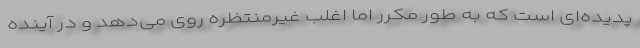
پدیده‌ای است که به طور مکرر اما اغلب غیرمنتظره روی‌ می‌دهد و در آینده